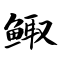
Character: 鲰